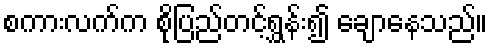
စကားလက်က စိုပြည်တင့်ရွှန်း၍ ချောနေသည်။